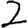
Digit: 2